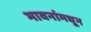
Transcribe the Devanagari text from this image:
भावनांमधून